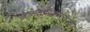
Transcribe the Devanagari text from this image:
कमळपक्ष्याचे